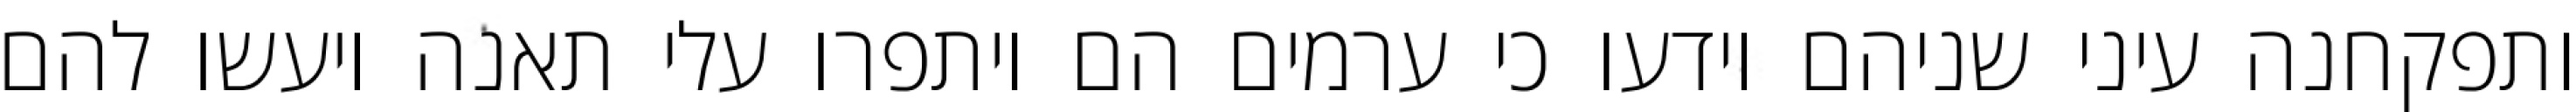
ותפקחנה עיני שניהם וידעו כי ערמים הם ויתפרו עלי תאנה ויעשו להם